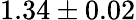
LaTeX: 1.34\pm 0.02